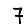
Digit: 7